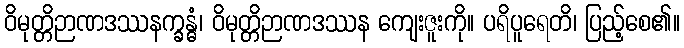
ဝိမုတ္တိဉာဏဒဿနက္ခန္ဓံ၊ ဝိမုတ္တိဉာဏဒဿန ကျေးဇူးကို။ ပရိပူရေတိ၊ ပြည့်စေ၏။